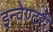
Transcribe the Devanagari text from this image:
इन्वेण्टरी